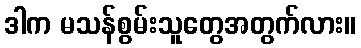
ဒါက မသန်စွမ်းသူတွေအတွက်လား။